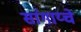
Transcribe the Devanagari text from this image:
सांगाय्चे